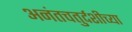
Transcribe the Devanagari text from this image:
अनंतचतुर्दशीच्या